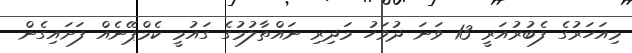
މިއަހަރުގެ ފެބުރުއަރީ 13 ވަނަ ދުވަހު މަދިރި ނައްތާލުމުގެ ގައުމީ ކެމްޕޭނެއް ފަށައިގެން